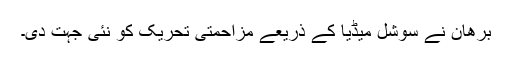
برھان نے سوشل میڈیا کے ذریعے مزاحمتی تحریک کو نئی جہت دی۔